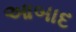
આબાદ